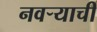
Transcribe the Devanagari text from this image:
नवऱ्याची